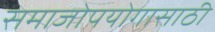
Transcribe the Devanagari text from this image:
समाजोपयोगासाठी